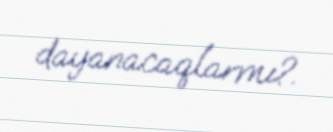
dayanacaqlarmı?.